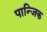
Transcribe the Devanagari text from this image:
पान्जिक